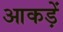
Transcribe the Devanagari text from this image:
आकड़ें